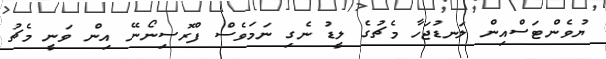
ޔުވެންޓަސްއިން ލަނޑުޖަހާ މެޗުގެ ލީޑު ނެގި ނަމަވެސް ފްރޮސިނޯނޭ އިން ވަނީ މެޗު